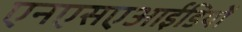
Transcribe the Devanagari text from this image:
एनएसएआईडियों